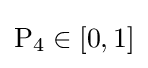
\mathrm {P} _{4}\in [0,1]